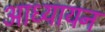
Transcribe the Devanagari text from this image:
आध्यायन